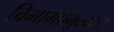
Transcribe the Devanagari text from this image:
विभागप्रमुखांना